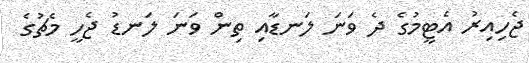
ޖެހިއިރު އެޓީމުގެ ދެ ވަނަ ލަނޑާއި ތިން ވަނަ ލަނޑު ޖެހީ މެޗުގެ